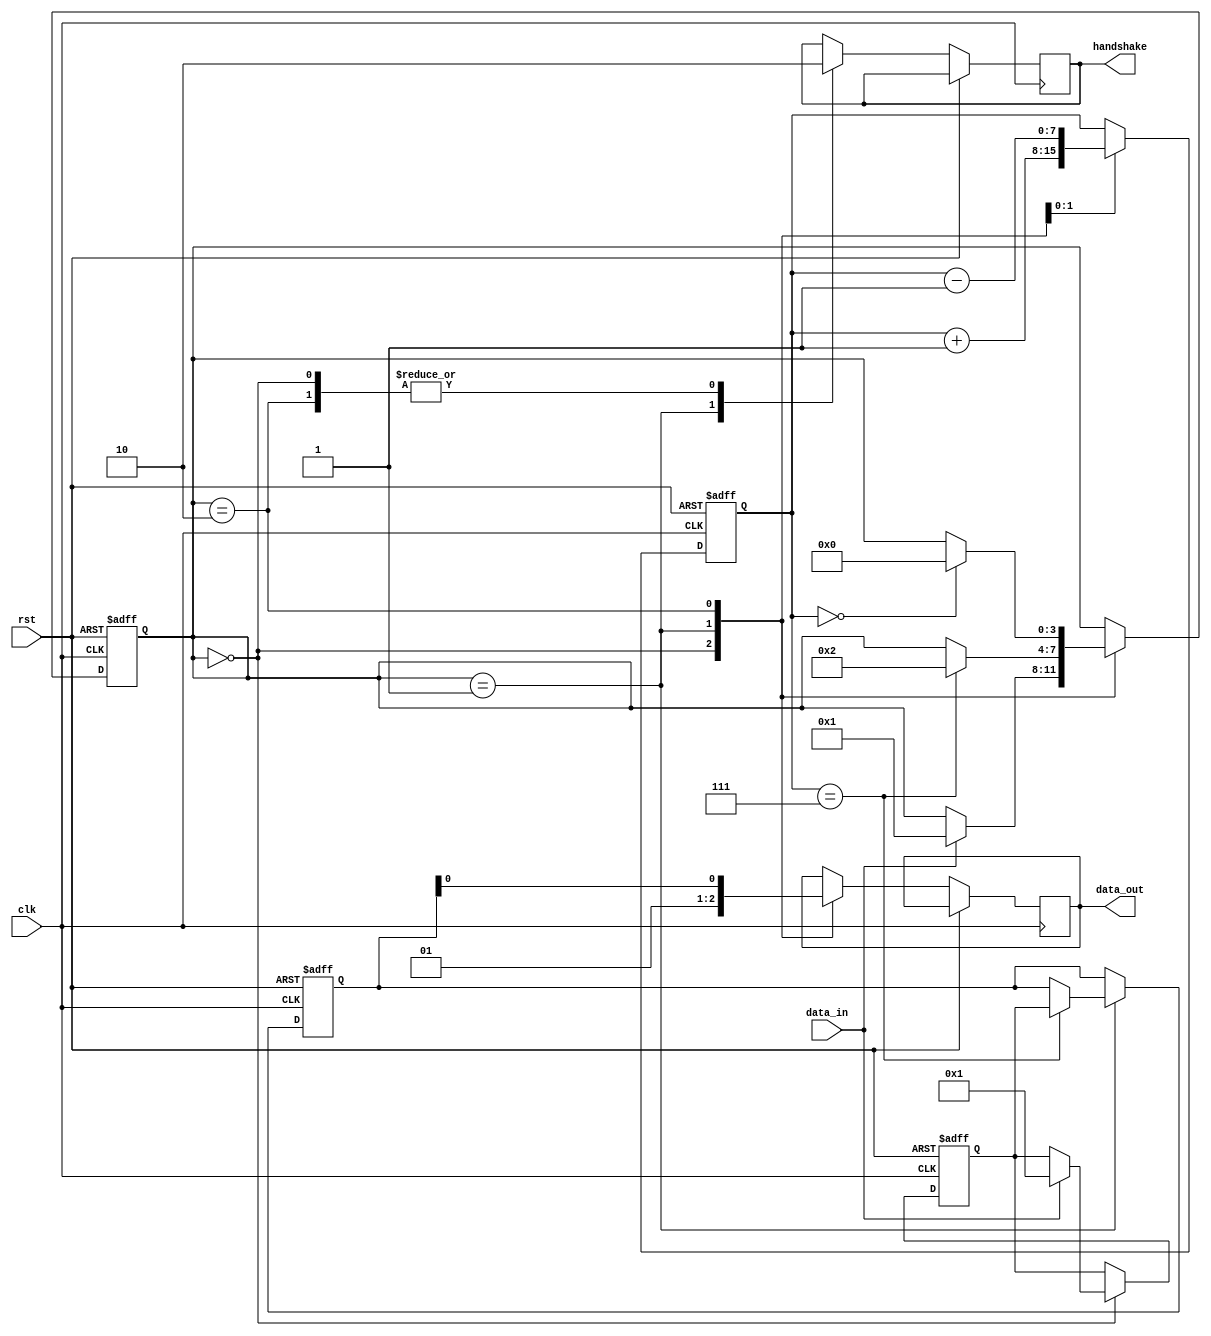
module timing_control_and_sync (
    input wire clk,
    input wire rst,
    input wire data_in,
    output reg data_out,
    output reg handshake
);

// Timing registers
reg [7:0] counter;
reg [3:0] state;

// Input/output buffers
reg [7:0] input_buffer;
reg [7:0] output_buffer;

// Clock dividers
reg [7:0] clk_divider;

always @(posedge clk or posedge rst) begin
    if (rst) begin
        counter <= 8'd0;
        state <= 4'd0;
        input_buffer <= 8'd0;
        output_buffer <= 8'd0;
        clk_divider <= 8'd0;
    end else begin
        case (state)
            4'd0: begin // Idle state
                data_out <= 1'b0;
                handshake <= 1'b0;
                
                if (data_in) begin
                    input_buffer <= data_in;
                    state <= 4'd1;
                end
            end
            4'd1: begin // Data transfer state
                data_out <= 1'b1;
                handshake <= 1'b1;
                
                counter <= counter + 1;
                if (counter == 8'd7) begin
                    output_buffer <= input_buffer;
                    state <= 4'd2;
                end
            end
            4'd2: begin // Transfer complete state
                data_out <= output_buffer;
                handshake <= 1'b0;
                
                counter <= counter - 1;
                if (counter == 8'd0) begin
                    state <= 4'd0;
                end
            end
        endcase
    end
end

endmodule